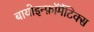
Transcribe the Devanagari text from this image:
बायोइन्फ़ॉर्मैटिक्स